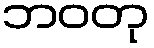
ဘဝတု